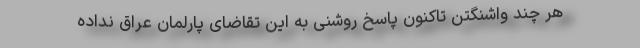
هر چند واشنگتن تاکنون پاسخ روشنی به این تقاضای پارلمان عراق نداده